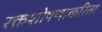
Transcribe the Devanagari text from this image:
रक्तशोषणाकरिता